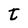
Character: t